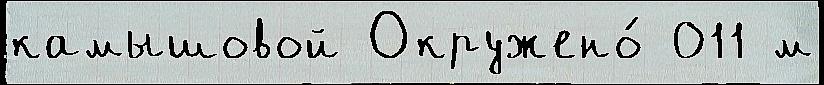
камышовой Окружено́ 011 м